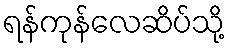
ရန်ကုန်လေဆိပ်သို့